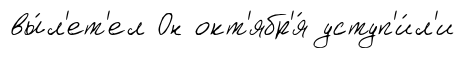
вы́л'ет'ел Он окт'ябр'я́ уступ'и́л'и